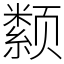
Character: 颣